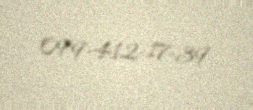
099-412-17-39